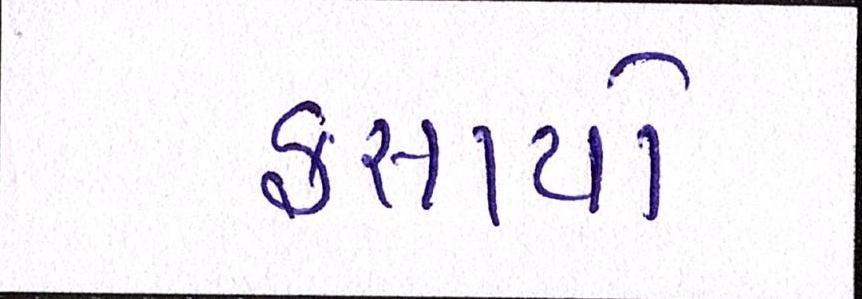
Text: ફસાયો